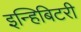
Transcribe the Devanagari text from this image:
इन्हिबिटरी